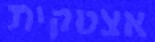
אצטקית